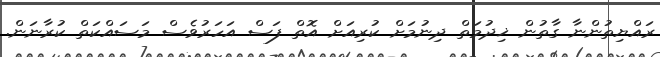
ރައްޔިތުންނާ ގާތުން ޚިދުމަތް ދިނުމަށް ކުރިއަށް އޮތް ފަސް އަހަރުވެސް މަސައްކަތް ކުރާނަން.